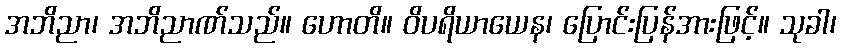
အဘိညာ၊ အဘိညာဏ်သည်။ ဟောတိ။ ဝိပရိယာယေန၊ ပြောင်းပြန်အားဖြင့်။ သုခါ၊